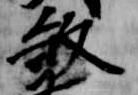
殺